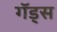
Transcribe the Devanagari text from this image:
गॅड्स